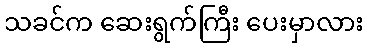
သခင်က ဆေးရွက်ကြီး ပေးမှာလား